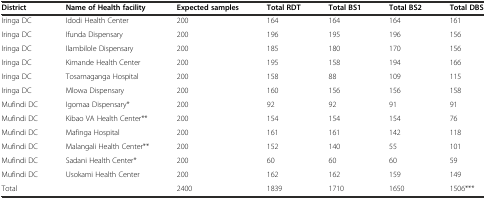
| District | Name of Health facility | Expected samples | Total RDT | Total BS1 | Total BS2 | Total DBS |
 | --- | --- | --- | --- | --- | --- | --- |
 | Iringa DC | Idodi Health Center | 200 | 164 | 164 | 164 | 161 |
 | Iringa DC | Ifunda Dispensary | 200 | 196 | 195 | 196 | 156 |
 | Iringa DC | Ilambilole Dispensary | 200 | 185 | 180 | 170 | 156 |
 | Iringa DC | Kimande Health Center | 200 | 195 | 158 | 194 | 166 |
 | Iringa DC | Tosamaganga Hospital | 200 | 158 | 88 | 109 | 115 |
 | Iringa DC | Mlowa Dispensary | 200 | 160 | 156 | 156 | 158 |
 | Mufindi DC | Igomaa Dispensary* | 200 | 92 | 92 | 91 | 91 |
 | Mufindi DC | Kibao VA Health Center** | 200 | 154 | 154 | 154 | 76 |
 | Mufindi DC | Mafinga Hospital | 200 | 161 | 161 | 142 | 118 |
 | Mufindi DC | Malangali Health Center** | 200 | 152 | 140 | 55 | 101 |
 | Mufindi DC | Sadani Health Center* | 200 | 60 | 60 | 60 | 59 |
 | Mufindi DC | Usokami Health Center | 200 | 162 | 162 | 159 | 149 |
 | <COLSPAN=2> Total | 2400 | 1839 | 1710 | 1650 | 1506*** |